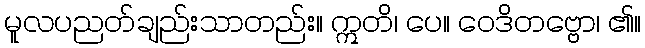
မူလပညတ်ချည်းသာတည်း။ ဣတိ၊ ပေ။ ဝေဒိတဗ္ဗော၊ ၏။